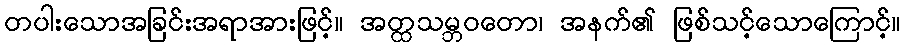
တပါးသောအခြင်းအရာအားဖြင့်။ အတ္ထသမ္ဘဝတော၊ အနက်၏ ဖြစ်သင့်သောကြောင့်။